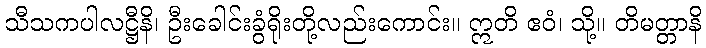
သီသကပါလဋ္ဌီနိ၊ ဦးခေါင်းခွံရိုးတို့လည်းကောင်း။ ဣတိ ဧဝံ၊ သို့။ တိမတ္တာနိ